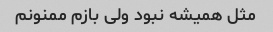
مثل همیشه نبود ولی بازم ممنونم